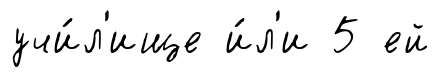
учи́л'ище и́л'и 5 ей